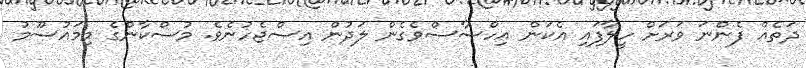
ދަތެއް ފެންނަ ވަރަށް ހީލާފައި އެކަން އިހްސާސްވެގެން ލަދުން އިސްޖެހުނެވެ. މުސްކާންގެ މިމައުސޫމު